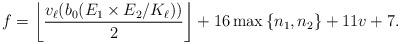
LaTeX: \begin{align*}f=\left\lfloor \frac{v_\ell(b_0(E_1 \times E_2/K_\ell))}{2} \right\rfloor+ 16\max\left\{n_1,n_2\right\} +11v + 7.\end{align*}